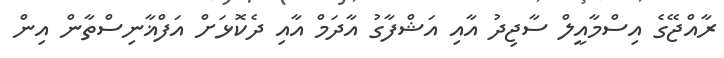
ރާއްޖޭގެ އިސްމާއީލް ސާޖިދު އާއި އަޝްފާގު އާދަމް އާއި ދެކޮޅަށް އަފްޣާނިސްތާން އިން